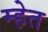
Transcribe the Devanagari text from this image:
म्हेत